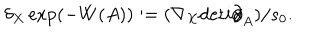
LaTeX: \delta _ { X } \exp ( - W ( A ) ) : = ( \nabla _ { X } \mathrm { d e t } i \partial \! \! \! / _ { A } ) / s _ { 0 } .